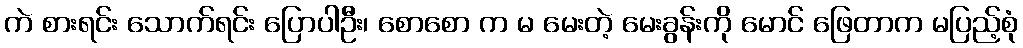
ကဲ စားရင်း သောက်ရင်း ပြောပါဦး၊ စောစော က မ မေးတဲ့ မေးခွန်းကို မောင် ဖြေတာက မပြည့်စုံ